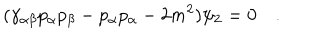
( \gamma _ { \alpha \beta } p _ { \alpha } p _ { \beta } - p _ { \alpha } p _ { \alpha } - 2 m ^ { 2 } ) \psi _ { 2 } = 0 \quad .